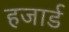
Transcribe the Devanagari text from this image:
हजार्ड